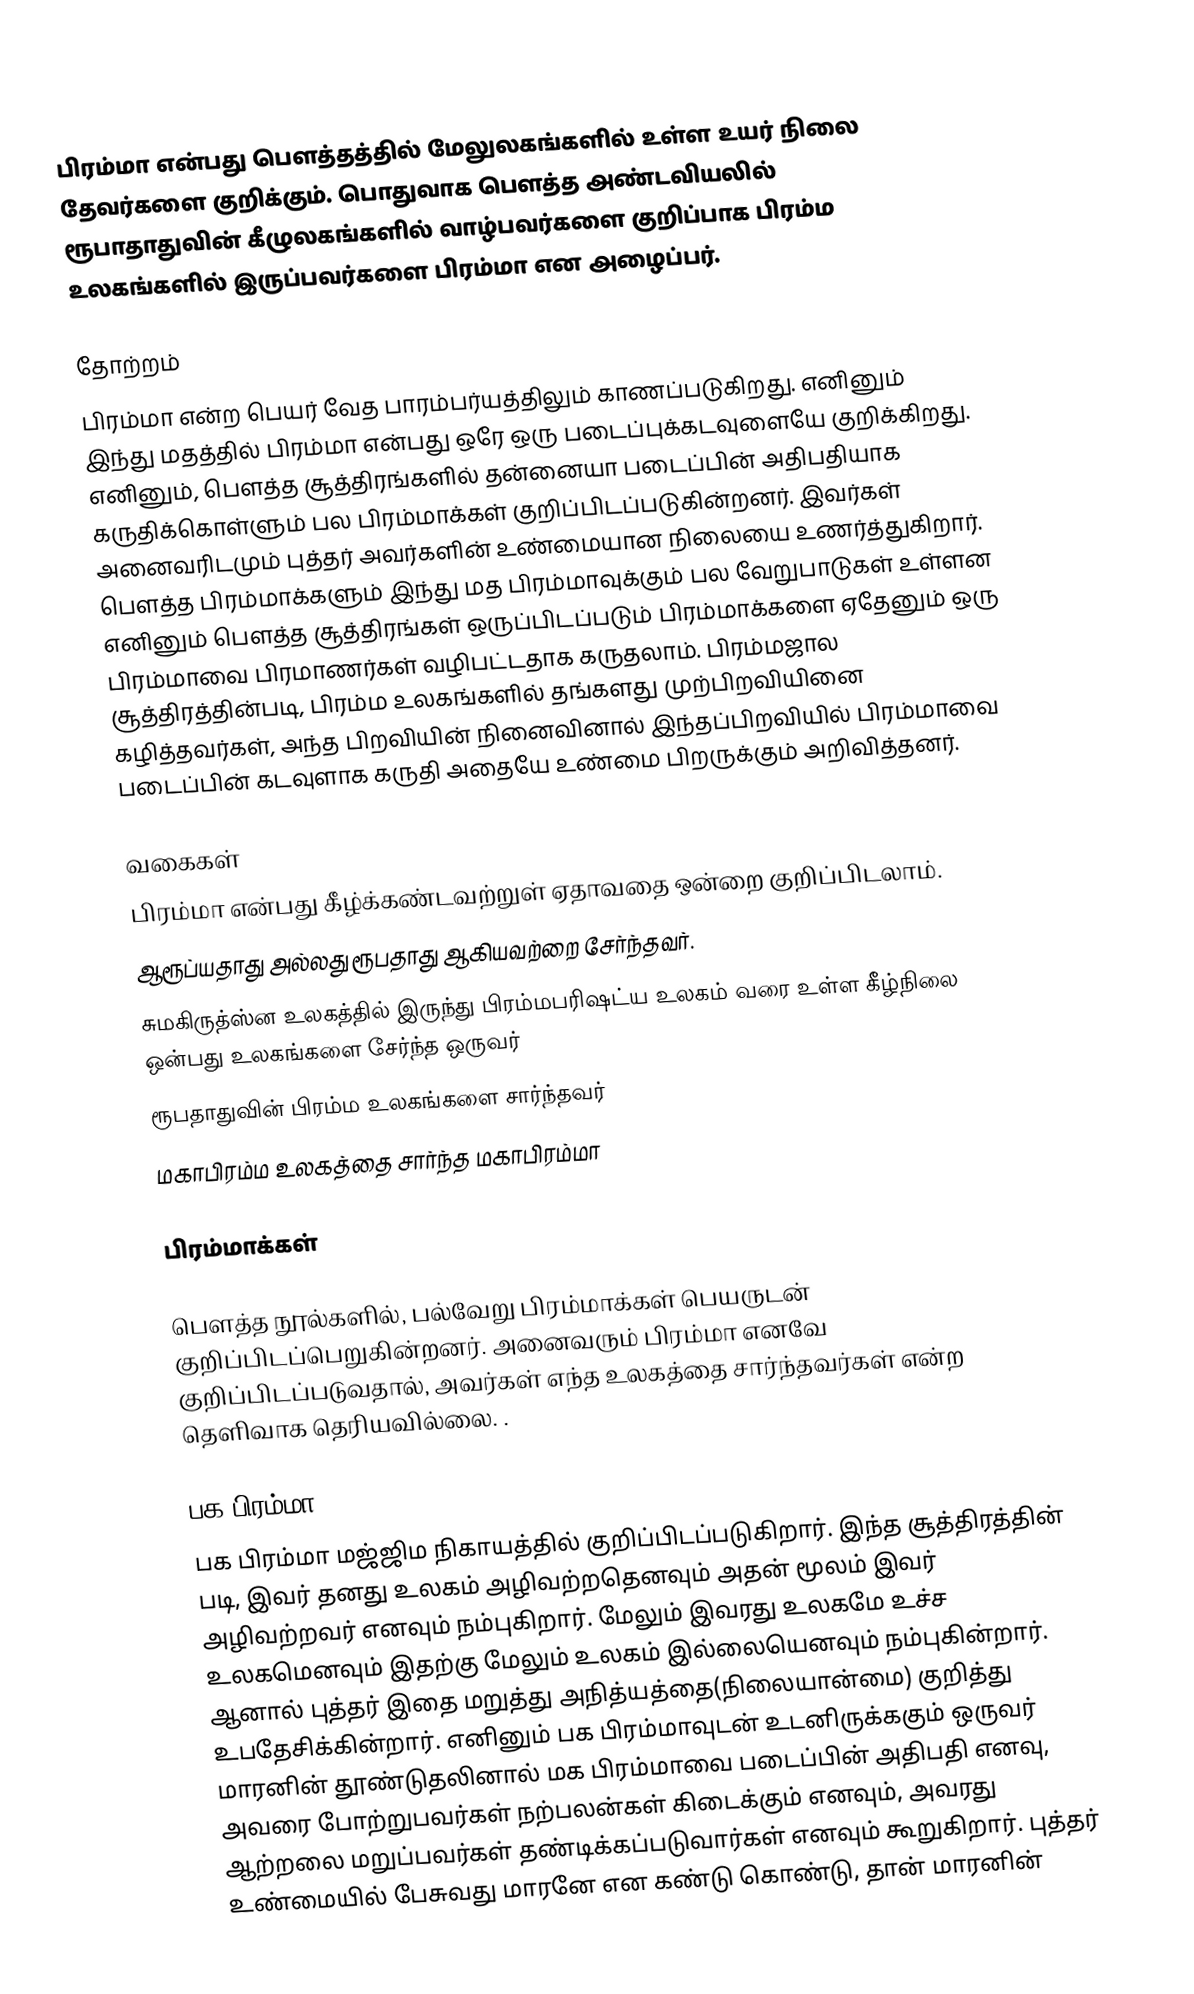
பிரம்மா என்பது பௌத்தத்தில் மேலுலகங்களில் உள்ள உயர் நிலை தேவர்களை குறிக்கும். பொதுவாக பௌத்த அண்டவியலில் ரூபாதாதுவின் கீழுலகங்களில் வாழ்பவர்களை குறிப்பாக பிரம்ம உலகங்களில் இருப்பவர்களை பிரம்மா என அழைப்பர்.

தோற்றம்
பிரம்மா என்ற பெயர் வேத பாரம்பர்யத்திலும் காணப்படுகிறது. எனினும் இந்து மதத்தில் பிரம்மா என்பது ஒரே ஒரு படைப்புக்கடவுளையே குறிக்கிறது. எனினும், பௌத்த சூத்திரங்களில் தன்னையா படைப்பின் அதிபதியாக கருதிக்கொள்ளும் பல பிரம்மாக்கள் குறிப்பிடப்படுகின்றனர். இவர்கள் அனைவரிடமும் புத்தர் அவர்களின் உண்மையான நிலையை உணர்த்துகிறார். பௌத்த பிரம்மாக்களும் இந்து மத பிரம்மாவுக்கும் பல வேறுபாடுகள் உள்ளன எனினும் பௌத்த சூத்திரங்கள் ஒருப்பிடப்படும் பிரம்மாக்களை ஏதேனும் ஒரு பிரம்மாவை பிரமாணர்கள் வழிபட்டதாக கருதலாம். பிரம்மஜால சூத்திரத்தின்படி, பிரம்ம உலகங்களில் தங்களது முற்பிறவியினை கழித்தவர்கள், அந்த பிறவியின் நினைவினால் இந்தப்பிறவியில் பிரம்மாவை படைப்பின் கடவுளாக கருதி அதையே உண்மை பிறருக்கும் அறிவித்தனர்.

வகைகள்
பிரம்மா என்பது கீழ்க்கண்டவற்றுள் ஏதாவதை ஒன்றை குறிப்பிடலாம்.
 ஆரூப்யதாது அல்லது ரூபதாது ஆகியவற்றை சேர்ந்தவர்.
 சுமகிருத்ஸ்ன உலகத்தில் இருந்து பிரம்மபரிஷட்ய உலகம் வரை உள்ள கீழ்நிலை ஒன்பது உலகங்களை சேர்ந்த ஒருவர்
 ரூபதாதுவின் பிரம்ம உலகங்களை சார்ந்தவர்
 மகாபிரம்ம உலகத்தை சார்ந்த மகாபிரம்மா

பிரம்மாக்கள்

பௌத்த நூல்களில், பல்வேறு பிரம்மாக்கள் பெயருடன் குறிப்பிடப்பெறுகின்றனர். அனைவரும் பிரம்மா எனவே குறிப்பிடப்படுவதால், அவர்கள் எந்த உலகத்தை சார்ந்தவர்கள் என்ற தெளிவாக தெரியவில்லை. .

பக பிரம்மா
பக பிரம்மா மஜ்ஜிம நிகாயத்தில் குறிப்பிடப்படுகிறார். இந்த சூத்திரத்தின் படி, இவர் தனது உலகம் அழிவற்றதெனவும் அதன் மூலம் இவர் அழிவற்றவர் எனவும் நம்புகிறார். மேலும் இவரது உலகமே உச்ச உலகமெனவும் இதற்கு மேலும் உலகம் இல்லையெனவும் நம்புகின்றார். ஆனால் புத்தர் இதை மறுத்து அநித்யத்தை(நிலையான்மை) குறித்து உபதேசிக்கின்றார். எனினும் பக பிரம்மாவுடன் உடனிருக்ககும் ஒருவர் மாரனின் தூண்டுதலினால் மக பிரம்மாவை படைப்பின் அதிபதி எனவு, அவரை போற்றுபவர்கள் நற்பலன்கள் கிடைக்கும் எனவும், அவரது ஆற்றலை மறுப்பவர்கள் தண்டிக்கப்படுவார்கள் எனவும் கூறுகிறார். புத்தர் உண்மையில் பேசுவது மாரனே என கண்டு கொண்டு, தான் மாரனின்